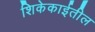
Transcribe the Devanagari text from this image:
शिकेकाईतील